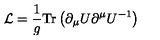
{ \cal L } = { \frac { 1 } { g } } \mathrm { T r } \left( \partial _ { \mu } U \partial ^ { \mu } U ^ { - 1 } \right)